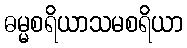
ဓမ္မစရိယာသမစရိယာ